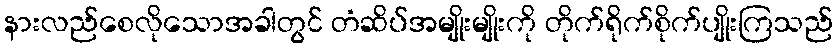
နားလည်စေလိုသောအခါတွင် တံဆိပ်အမျိုးမျိုးကို တိုက်ရိုက်စိုက်ပျိုးကြသည်